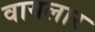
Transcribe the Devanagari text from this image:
वायलार